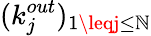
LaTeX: (k_{j}^{out})_{1\leqj\leq\mathbb{N}}